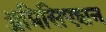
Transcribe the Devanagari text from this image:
ॲप्रिसिएशन